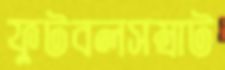
ফুটবলসম্রাট